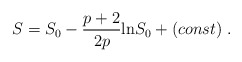
\begin{align*}S = S_0 - \frac{p + 2}{2 p} {\rm ln} S_0 + (const) \; .\end{align*}